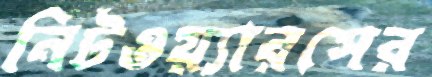
নিটওয়্যারসের